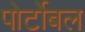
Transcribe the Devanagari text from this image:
पोर्टोबल